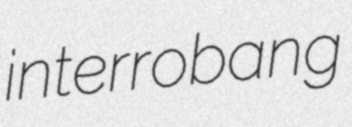
interrobang